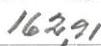
162,91